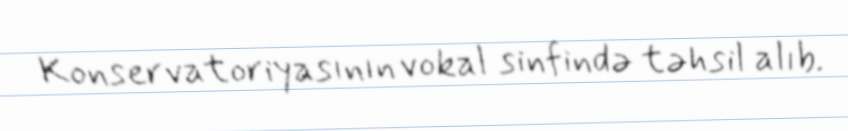
Konservatoriyasının vokal sinfində təhsil alıb.